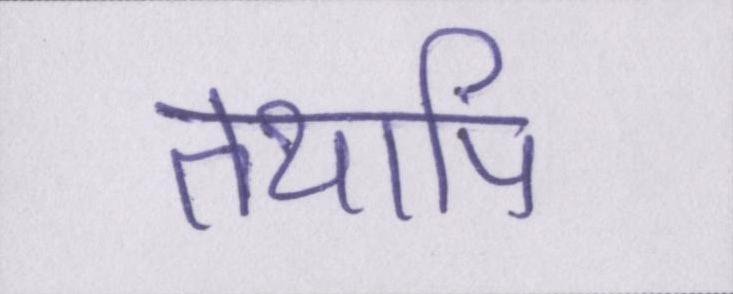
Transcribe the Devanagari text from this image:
तथापि